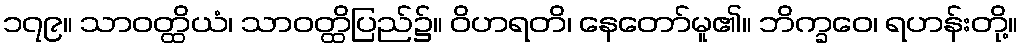
၁၇၉။ သာဝတ္ထိယံ၊ သာဝတ္ထိပြည်၌။ ဝိဟရတိ၊ နေတော်မူ၏။ ဘိက္ခဝေ၊ ရဟန်းတို့။